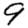
Digit: 9